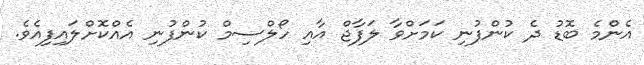
އެންމެ ބޮޑު ދެ ކުންފުނި ކަަމަށްވާ ލަފާޖް އާއި ހޯލްސިމް ކުންފުނި އެއްކޮށްލައިފިއެވެ.